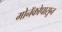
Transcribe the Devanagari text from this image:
मोनॅकोपासून